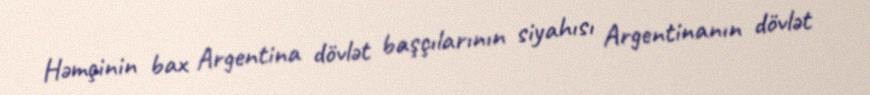
Həmçinin bax Argentina dövlət başçılarının siyahısı Argentinanın dövlət